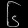
Digit: ၆